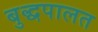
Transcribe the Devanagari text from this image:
बुद्धपालत